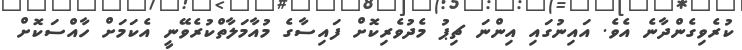
ކުރެވިގެންދާނެ އެވެ. އައިނުގައި އިންނަ ޗިޕު މެދުވެރިކޮށް ފައިސާގެ މުއާމަލާތްކުރެވޭނީ އެކަމަށް ހާއްސަކޮށް